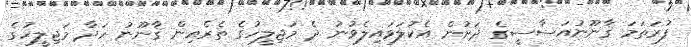
ފުރަތަމަ ޤާނޫނުއަސާސީގެ ދަށުން އެކުލަވައިލެވުނު ދެ މަޖިލީހުގެ ތެރެއިން ޤާނޫނު ހަދާ މަޖިލީހުގެ